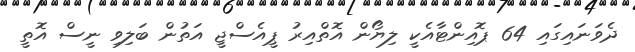
ދެވަނައިގައި 64 ޕޮއިންޓާއެކީ ލިޔޯން އޮތްއިރު ޕީއެސްޖީ އަތުން ބަލިވި ނީސް އޮތީ